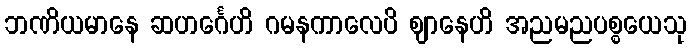
ဘဏိယမာနေ ဆဟင်္ဂေဟိ ဂမနကာလေပိ ဈာနေဟိ အညမညပစ္စယေသု